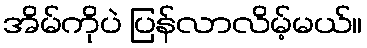
အိမ်ကိုပဲ ပြန်လာလိမ့်မယ်။